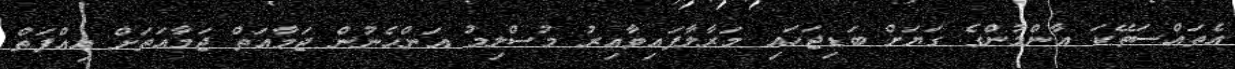
އެތައްސަތޭކަ އާންމުންގެ ގަޔަށް ބަޑިޖަހައި މަރާލާފައިވާއިރު މުސްލިމު އަންހެނުން ޖަމާއަތް ޖަމާއަތަށް އިއްފަތް